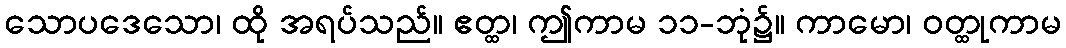
သောပဒေသော၊ ထို အရပ်သည်။ ဧတ္ထ၊ ဤကာမ ၁၁-ဘုံ၌။ ကာမော၊ ဝတ္ထုကာမ